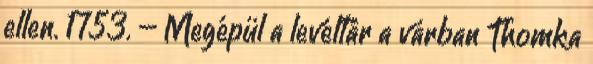
ellen. 1753. – Megépül a levéltár a várban Thomka